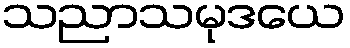
သညာသမုဒယေ